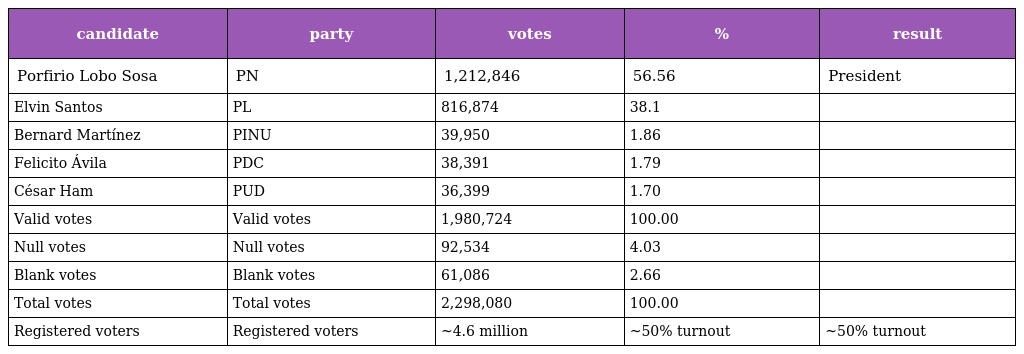
| candidate | party | votes | % | result |
 | --- | --- | --- | --- | --- |
 | Porfirio Lobo Sosa | PN | 1,212,846 | 56.56 | President |
 | Elvin Santos | PL | 816,874 | 38.1 |  |
 | Bernard Martínez | PINU | 39,950 | 1.86 |  |
 | Felicito Ávila | PDC | 38,391 | 1.79 |  |
 | César Ham | PUD | 36,399 | 1.70 |  |
 | Valid votes | Valid votes | 1,980,724 | 100.00 |  |
 | Null votes | Null votes | 92,534 | 4.03 |  |
 | Blank votes | Blank votes | 61,086 | 2.66 |  |
 | Total votes | Total votes | 2,298,080 | 100.00 |  |
 | Registered voters | Registered voters | ~4.6 million | ~50% turnout | ~50% turnout |